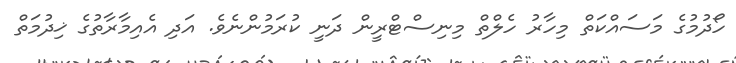
ހޯދުމުގެ މަސައްކަތް މިހާރު ހެލްތް މިނިސްޓްރީން ދަނީ ކުރަމުންނެވެ. އަދި އެއިމާރާތުގެ ޚިދުމަތް